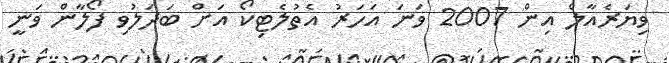
ވިޔަރެއާލް އިން 2007 ވަނަ އަހަރު އެތުލެޓިކޯ އަށް ބަދަލުވި ފޯލާން ވަނީ